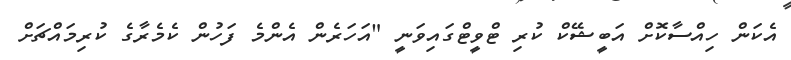
އެކަން ހިއްސާކޮށް އަބީޝޭކް ކުރި ޓްވީޓްގައިވަނީ "އަހަރެން އެންމެ ފަހުން ކެމެރާގެ ކުރިމައްޗަށް